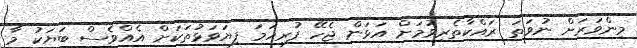
މިންވަރަށް ނުވަތަ ރައްކާތެރިވުމަށް އަޅަން ޖެހޭ ފުރިހަމަ ފިޔަވަޅުތަކަށް އެއްވެސް ބަޔަކު މާ